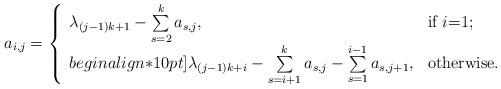
LaTeX: \begin{align*}a_{i,j}=\left\{\begin{array}{ll}\lambda_{(j-1)k+1}-\sum\limits_{s=2}^{k}a_{s,j}, & \hbox{if $i$=1;} \\begin{align*}10pt]\lambda_{(j-1)k+i}-\sum\limits_{s=i+1}^{k}a_{s,j}-\sum\limits_{s=1}^{i-1}a_{s,j+1}, & \hbox{otherwise.}\end{array}\right.\end{align*}